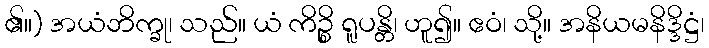
၏။) အယံဘိက္ခု၊ သည်။ ယံ ကိဉ္စိ ရူပန္တိ၊ ဟူ၍။ ဧဝံ၊ သို့။ အနိယမနိဒ္ဒိဋ္ဌံ၊